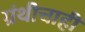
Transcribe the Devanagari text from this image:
ग्रंथीचाही